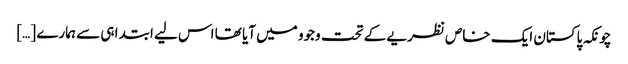
چونکہ پاکستان ایک خاص نظریے کے تحت وجوو میں آیا تھا اس لیے ابتدا ہی سے ہمارے […]